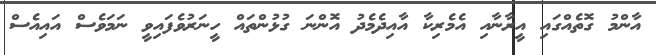
އާންމު ގޮތެއްގައި އީރާނާއި އެމެރިކާ އާއިދެމެދު އޮންނަ ގުޅުންތައް ހީނަރުވެފައިވީ ނަމަވެސް އައިއެސް